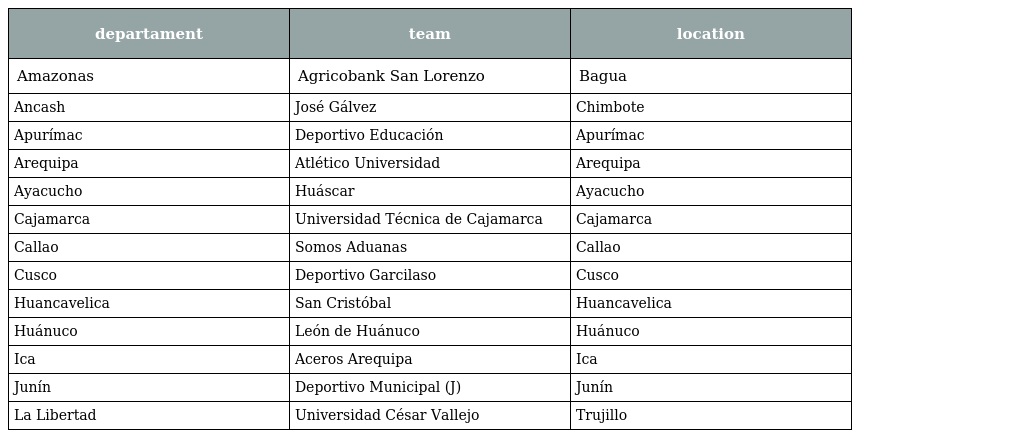
| departament | team | location |
 | --- | --- | --- |
 | Amazonas | Agricobank San Lorenzo | Bagua |
 | Ancash | José Gálvez | Chimbote |
 | Apurímac | Deportivo Educación | Apurímac |
 | Arequipa | Atlético Universidad | Arequipa |
 | Ayacucho | Huáscar | Ayacucho |
 | Cajamarca | Universidad Técnica de Cajamarca | Cajamarca |
 | Callao | Somos Aduanas | Callao |
 | Cusco | Deportivo Garcilaso | Cusco |
 | Huancavelica | San Cristóbal | Huancavelica |
 | Huánuco | León de Huánuco | Huánuco |
 | Ica | Aceros Arequipa | Ica |
 | Junín | Deportivo Municipal (J) | Junín |
 | La Libertad | Universidad César Vallejo | Trujillo |